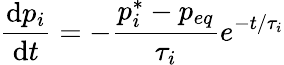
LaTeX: \frac{\mathrm{d}p_{i}}{\mathrm{d}t}=-\frac{p_{i}^{*}-p_{eq}}{\tau_{i}}e^{-t/\tau_{i}}